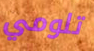
تلومي